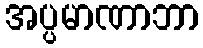
အပ္ပမာဏာဘာ